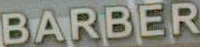
BARBER